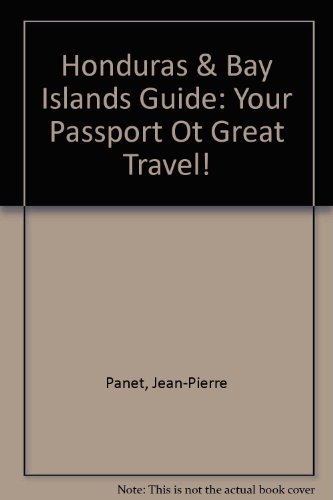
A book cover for Honduras & Bay Islands Guide: Your Passport Ot Great Travel!; Jean-Pierre; Glassman, Paul; Hart, Leah Panet; Travel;